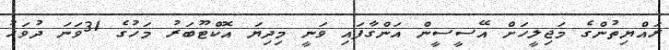
ރައްޔިތުންގެ މަޖިލީހަށް އޭސީސީން އަންގާފައި ވަނީ މިދިޔަ އޮކްޓޫބަރު މަހުގެ 31ވަނަ ދުވަހު